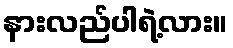
နားလည်ပါရဲ့လား။